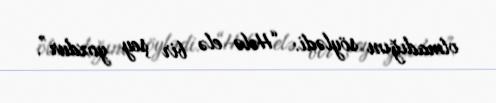
olmadığını söylədi: “Hələ elə bir şey yoxdur”.